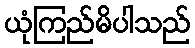
ယုံကြည်မိပါသည်